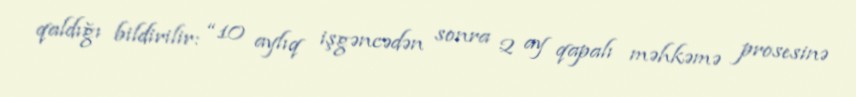
qaldığı bildirilir: “10 aylıq işgəncədən sonra 2 ay qapalı məhkəmə prosesinə